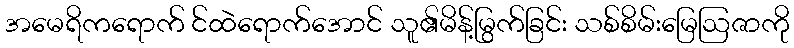
အမေရိကရောက် င်ထဲရောက်အောင် သူ၏မိန့်မြွက်ခြင်း သစ်စိမ်းမြေဩဇာကို